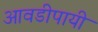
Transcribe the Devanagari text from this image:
आवडीपायी